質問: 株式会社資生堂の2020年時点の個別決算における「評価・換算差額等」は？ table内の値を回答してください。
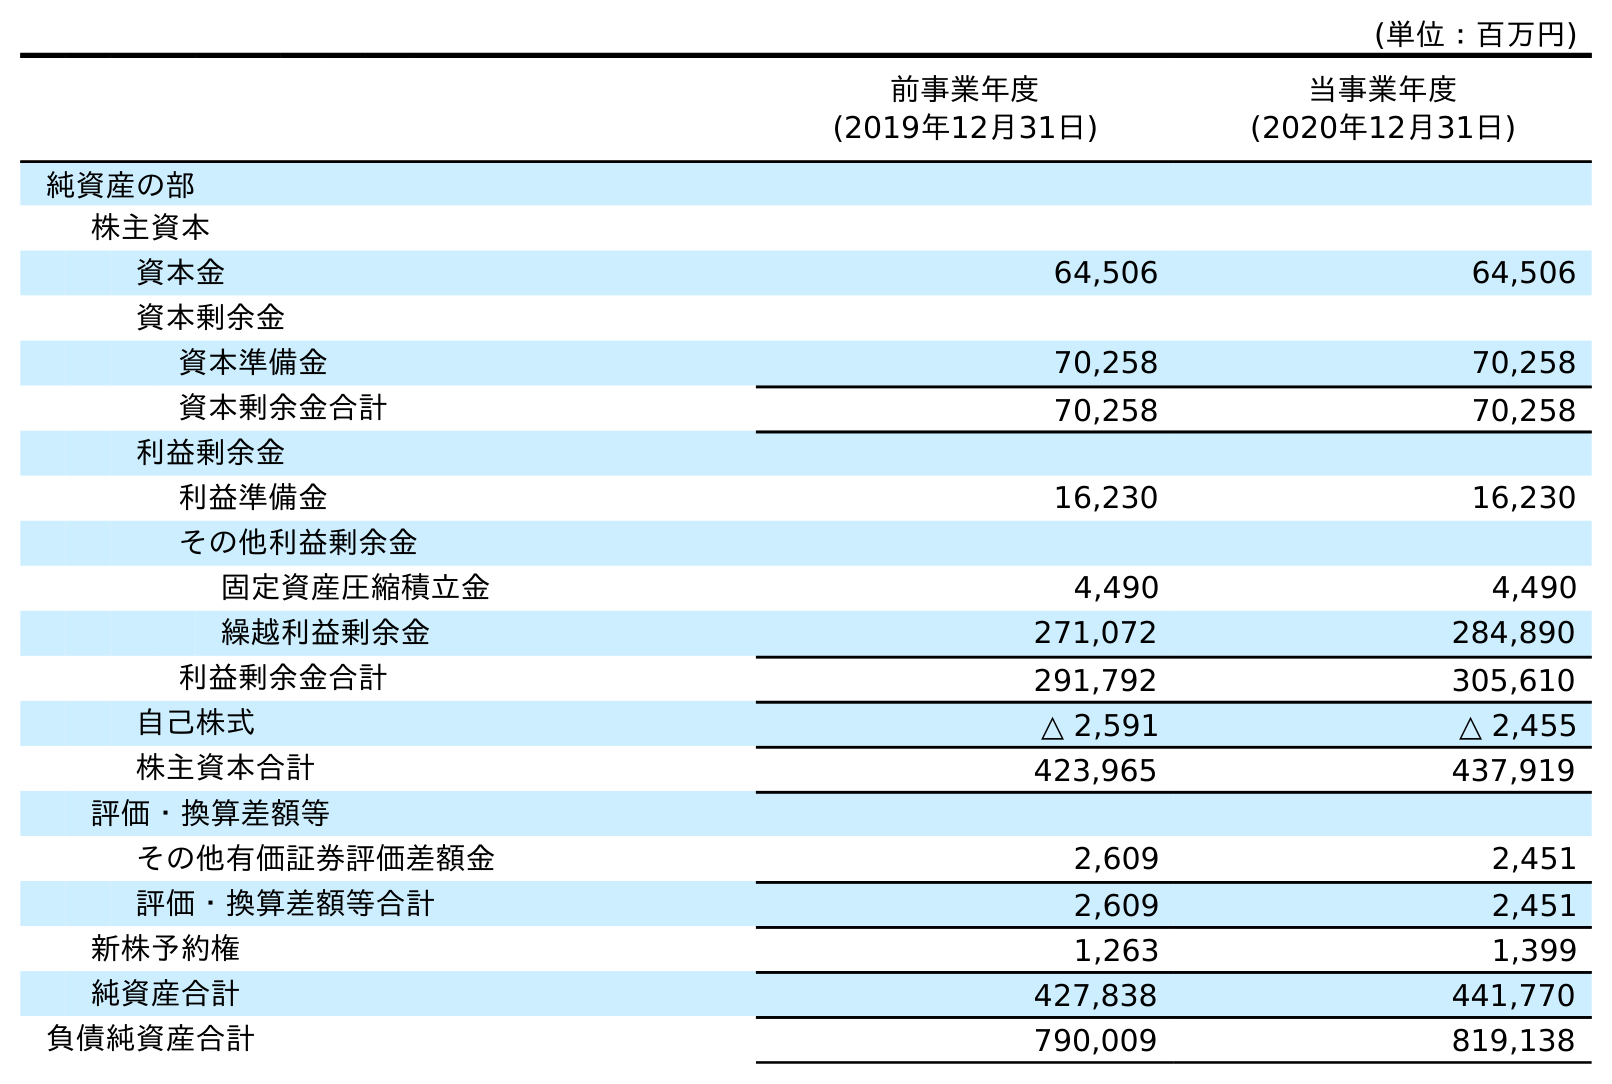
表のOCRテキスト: (単位：百万円) 前事業年度 (2019年12月31日) 当事業年度 (2020年12月31日) 純資産の部 株主資本 資本金 64,506 64,506 資本剰余金 資本準備金 70,258 70,258 資本剰余金合計 70,258 70,258 利益剰余金 利益準備金 16,230 16,230 その他利益剰余金 固定資産圧縮積立金 4,490 4,490 繰越利益剰余金 271,072 284,890 利益剰余金合計 291,792 305,610 自己株式 △ 2,591 △ 2,455 株主資本合計 423,965 437,919 評価・換算差額等 その他有価証券評価差額金 2,609 2,451 評価・換算差額等合計 2,609 2,451 新株予約権 1,263 1,399 純資産合計 427,838 441,770 負債純資産合計 790,009 819,138
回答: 2,451